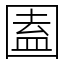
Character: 圔